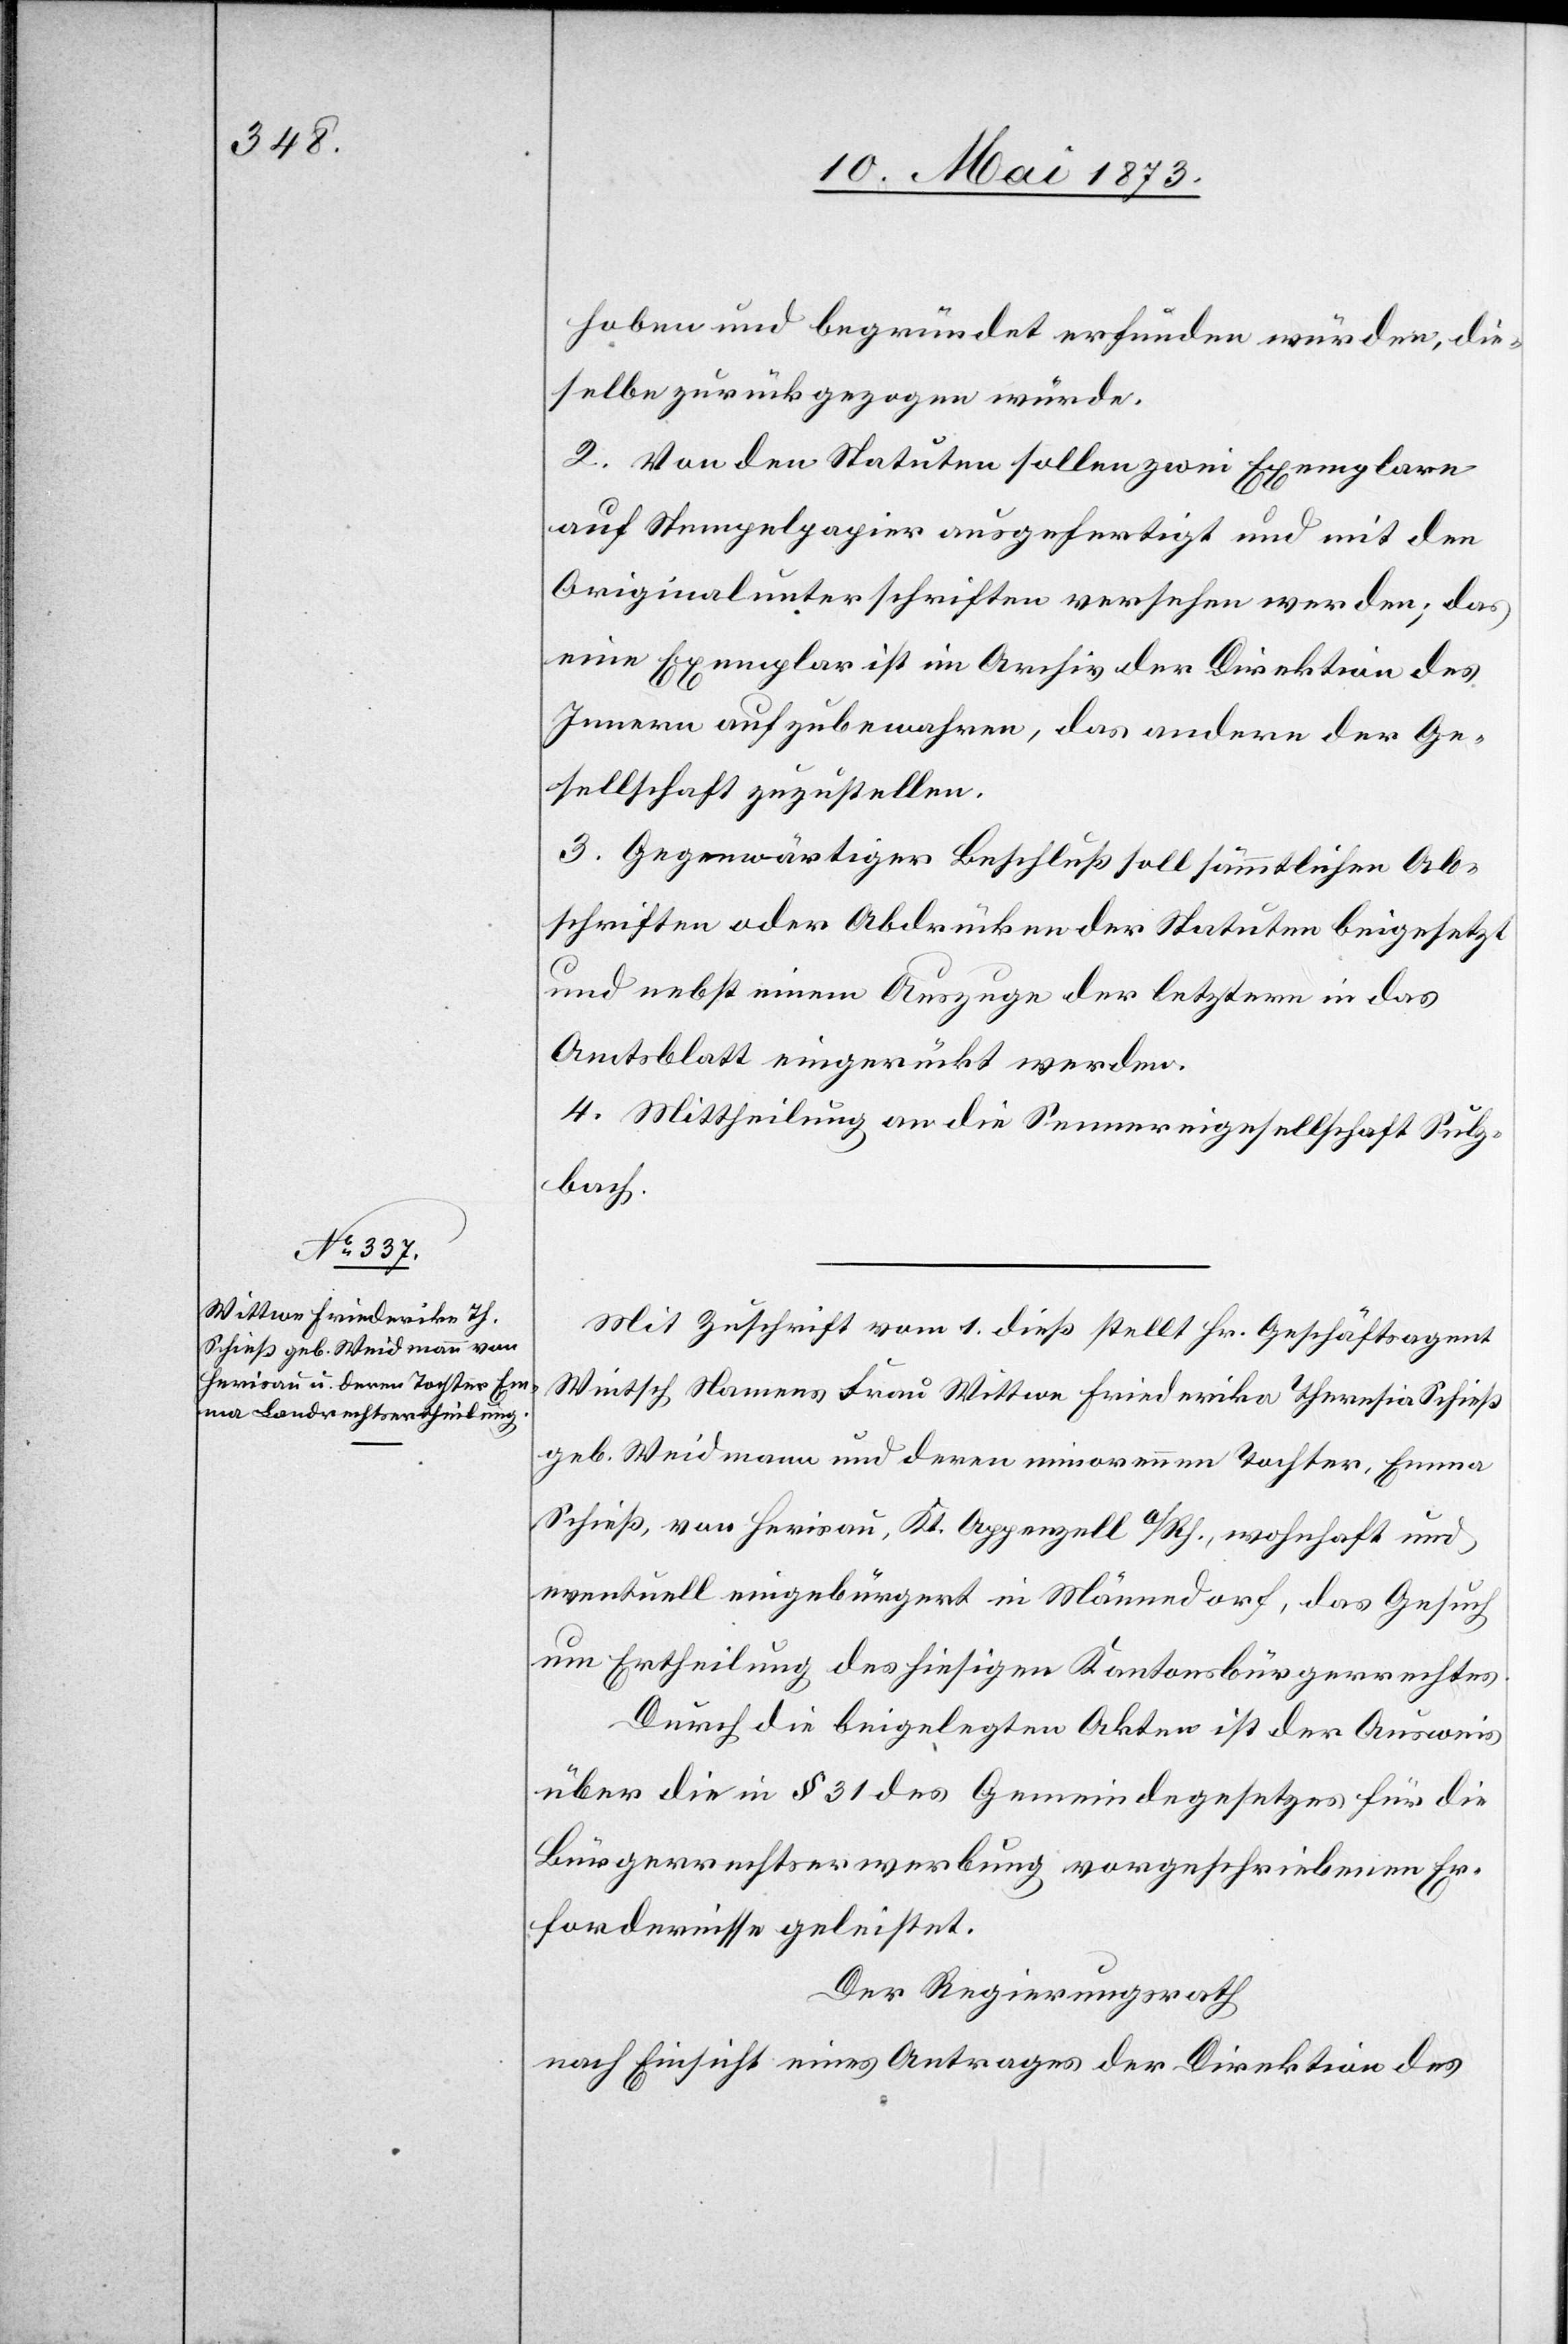
hoben und begründet erfunden würden, die¬
selbe zurückgezogen würde.
2. Von den Statuten sollen zwei Exemplare
auf Stempelpapier ausgefertigt und mit den
Originalunterschriften versehen werden; das
eine Exemplar ist im Archiv der Direktion des
Innern aufzubewahren, das andere der Ge¬
sellschaft zuzustellen.
3. Gegenwärtiger Beschluß soll sämmtlichen Ab¬
schriften oder Abdrücken der Statuten beigesetzt
und nebst einem Auszuge der letztern in das
Amtsblatt eingerückt werden.
4. Mittheilung an die Sennereigesellschaft Sulz¬
bach.
Mit Zuschrift vom 1. dieß stellt Hr. Geschäftsagent
Wintsch Namens Frau Wittwe Friederika [sic!] Theresia Schieß
geb. Weidmann und deren minorennen Tochter, Emma
Schieß, von Herisau, Kt. Appenzell a/Rh., wohnhaft und
eventuell eingebürgert in Männedorf, das Gesuch
um Ertheilung des hiesigen Kantonsbürgerrechtes.
Durch die beigelegten Akten ist der Ausweis
über die in § 31 des Gemeindegesetzes für die
Bürgerrechtserwerbung vorgeschriebenen Er¬
fordernisse geleistet.
Der Regierungsrath
nach Einsicht eines Antrages der Direktion des